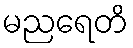
မညရေတိ